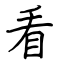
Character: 看